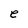
Character: e